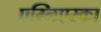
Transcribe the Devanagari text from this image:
एग्निएस्का